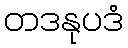
တဒနုပဒံ